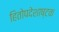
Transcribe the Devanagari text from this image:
हितोपदेशाष्टक